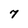
Character: 7